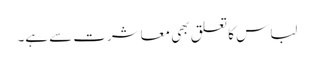
لباس کا تعلق بھی معاشرت سے ہے۔